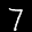
Label: 7